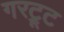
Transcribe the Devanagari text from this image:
गरट्रूट